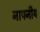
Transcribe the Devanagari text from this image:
नापनीय